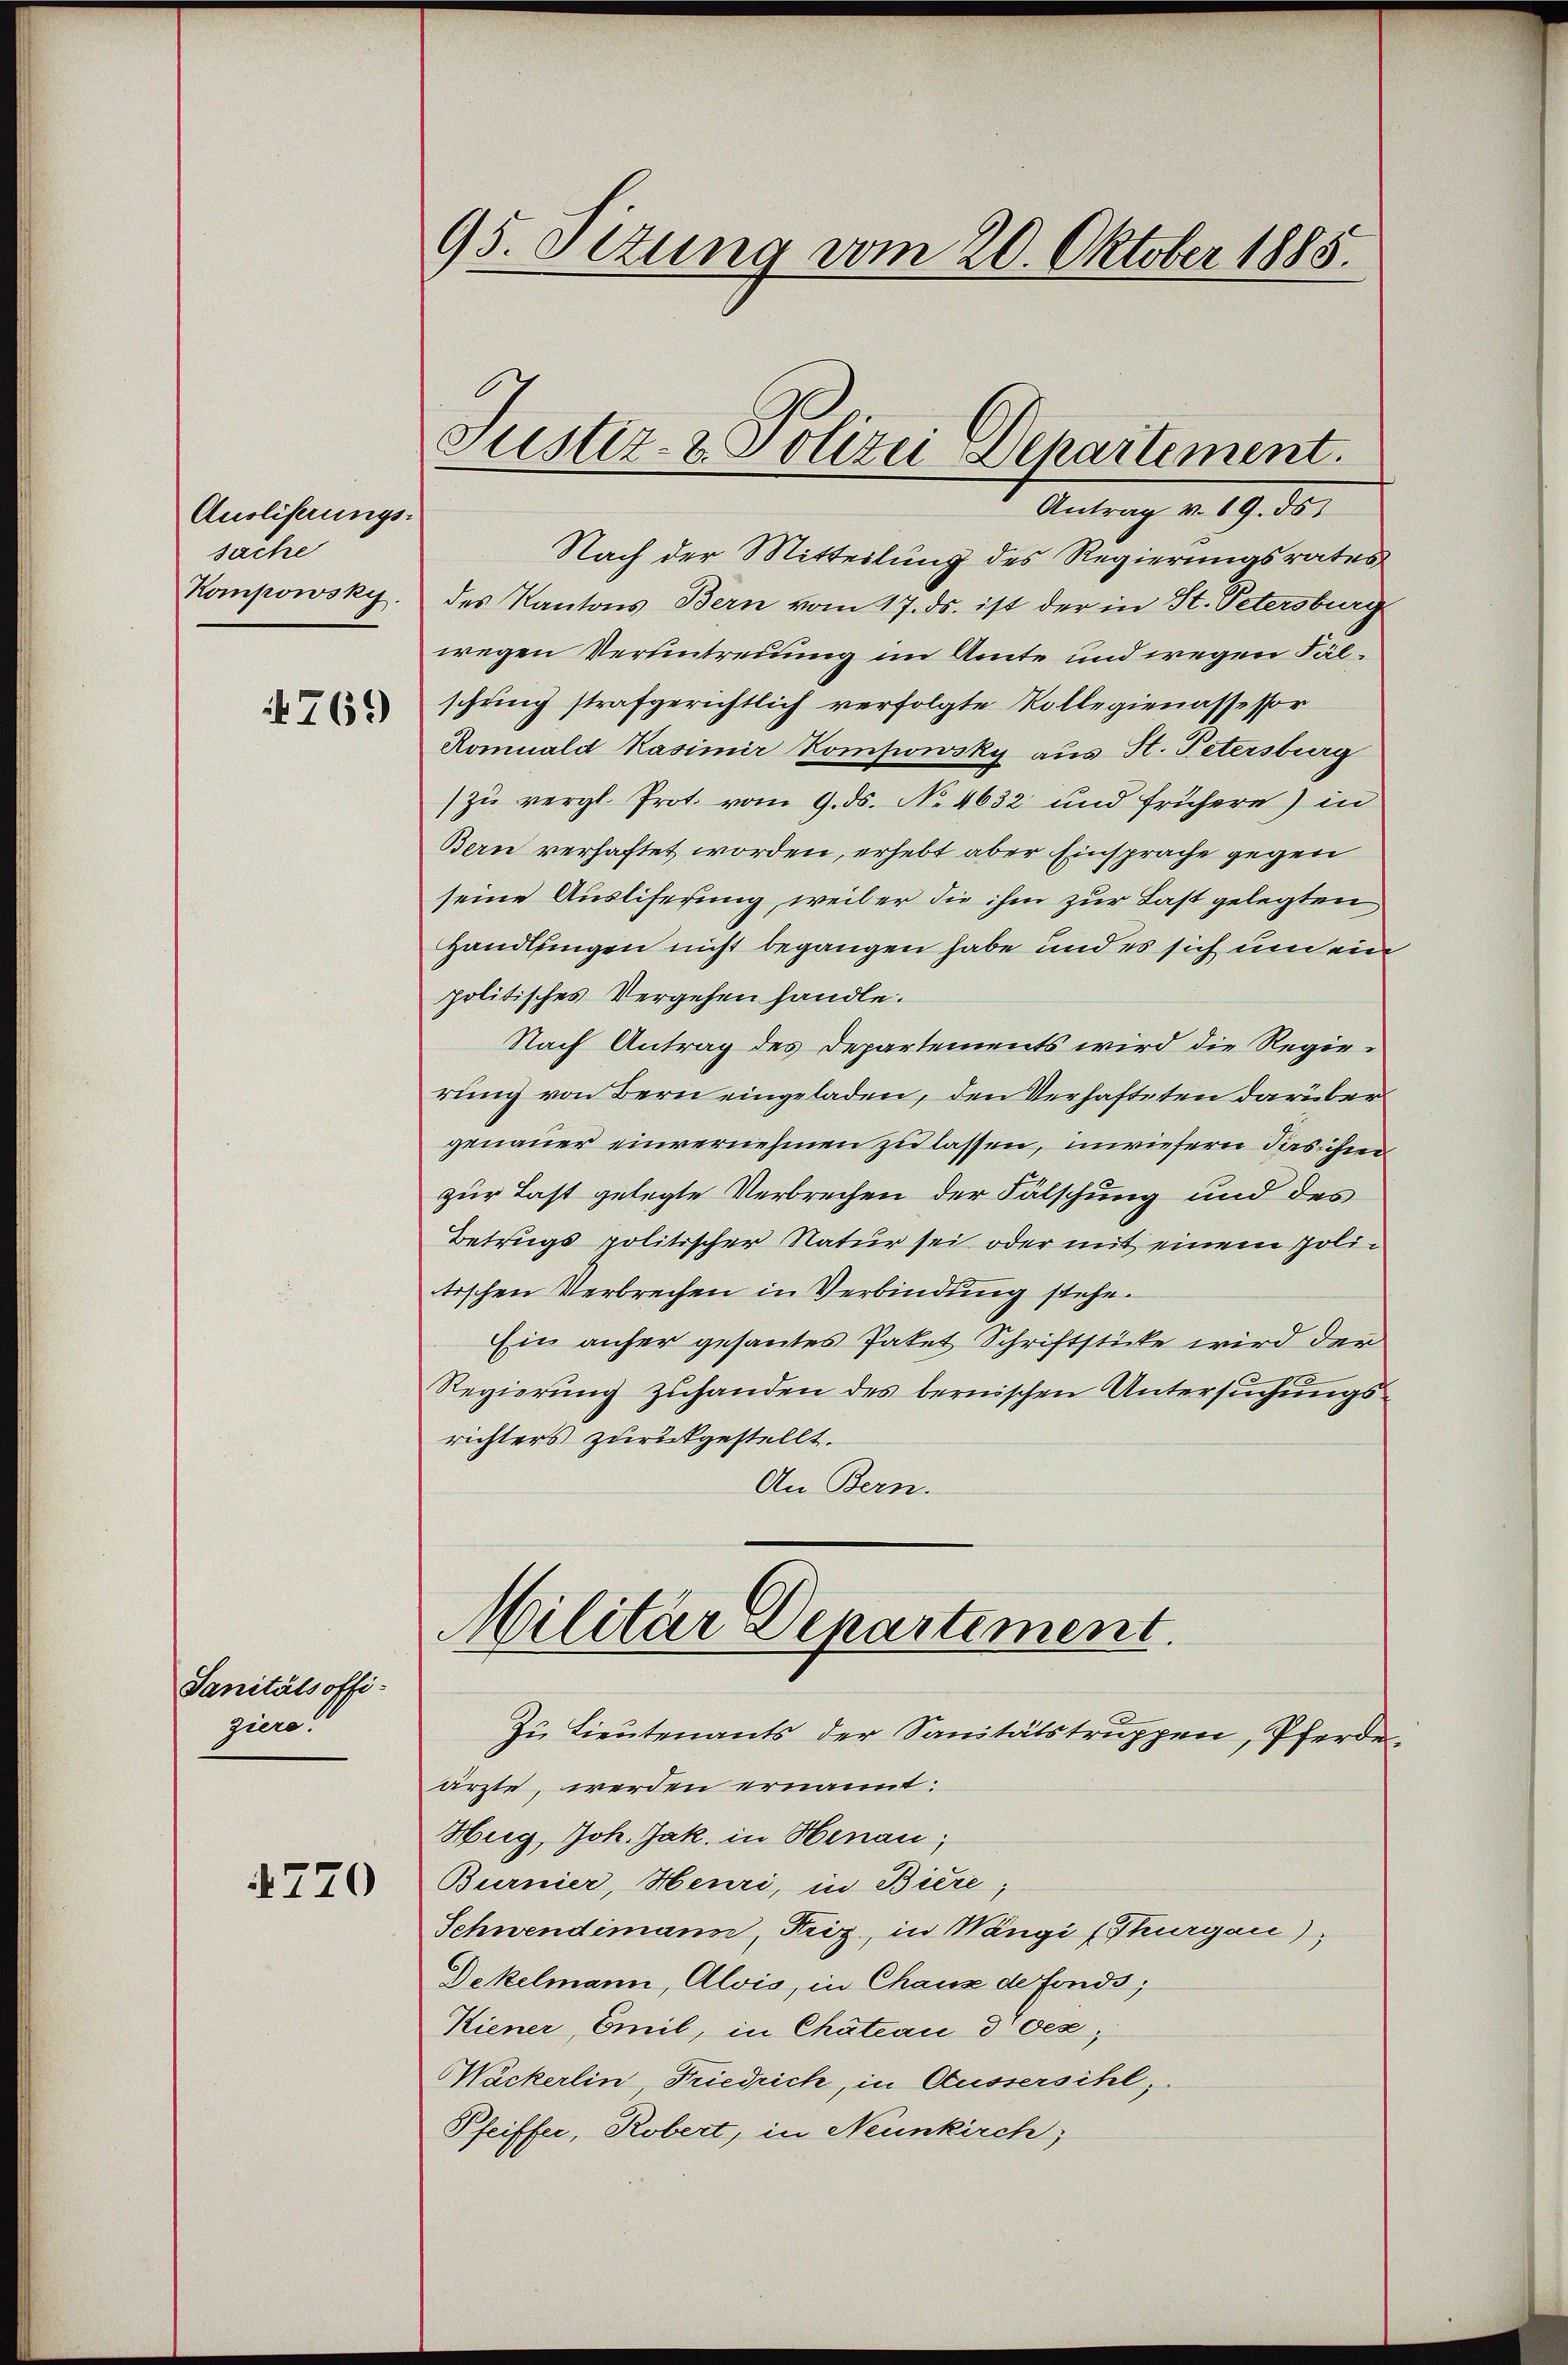
Auoliferungssache
Kompowsky
4769

Sanitätsoffiziere.

4770

95. Ottung vom 20. Oktober 1885.

Antrag v. 19. ds.
Nach der Mitteilung des Regierungsrates
des Kantons Bern vom 17. ds. ist der in St. Petersburg
wegen Verantreuung im Amte und wegen Fälschring strafgerichtlich verfolgte Rollegienassessor
Romuald Kasimir Kompowsky aus H. Petersburg
zu vergl. Prot. vom 9. ds. No. 4632 und frühere) in
Bern verhaftet worden, erhebt aber Einsprache gegen
seine Ausliferung, weil er die ihm zur Last gelegten
Handlungen nicht begangen habe und es sich und ein
politisches Vergehen handle.
Nach Antrag des Departements wird die Regierung von Bern eingeladen, den Verhafteten darüber
genauer einvernehmen zu lassen, unriefern das ihm
zur Last gelegte Verbrechen der Fälschung und des
Betrugs politischer Natur sei oder mit einem Politischen Verbrechen in Verbindung stehe.
Ein anher gesantes Paket Schriftstücke wird der
Regierŭng zŭhanden des bernischen Untersuchungs-
richters zurückgestellt.
An Bern.

Justiz- & Polizei Departement.

Militär Departement.

Zu Lieutenants der Sanitätstruppen, Pferde
ärzte, werden ernannt:
Hug, Joh. Jak. in Hinau;
Burnier, Heuri, in Biere;
Schwendimann, Friz, in Wangi (Thurgau),
Dekelmann, Alois, in Chaus de fonds;
Kiener, Emil, in Chateau d Oez,
Wackerlin Friedrich, in Aussersihl,
Pfeiffer, Robert, in Neunkirch,